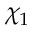
\chi _ { 1 }